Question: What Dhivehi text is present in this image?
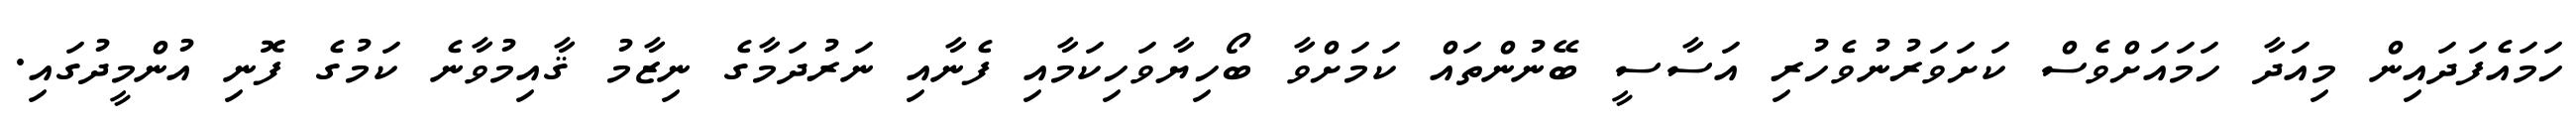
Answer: ހަމައެފަދައިން މިއަދާ ހަމައަށްވެސް ކަށަވަރުނުވެހުރި އަސާސީ ބޭނުންތައް ކަމަށްވާ ބޯހިޔާވަހިކަމާއި ފެނާއި ނަރުދަމާގެ ނިޒާމު ޤާއިމުވާނެ ކަމުގެ ފޮނި އުންމީދުގައި.